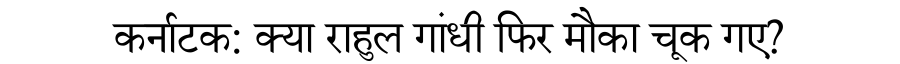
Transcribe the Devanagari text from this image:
कर्नाटक: क्या राहुल गांधी फिर मौका चूक गए?